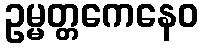
ဥမ္မတ္တကေနေဝ